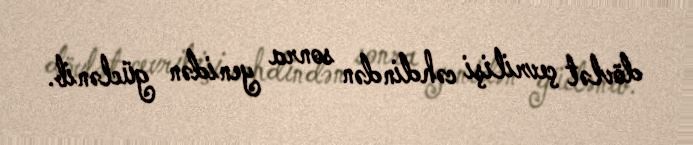
dövlət çevrilişi cəhdindən sonra yenidən güclənib.